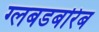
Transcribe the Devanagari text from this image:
ग्लबडबरिब